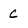
Character: c